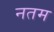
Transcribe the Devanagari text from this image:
नतम